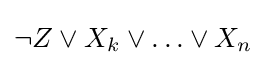
\neg Z\vee X_{k}\lor \ldots \vee X_{n}